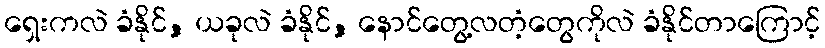
ရှေးကလဲ ခံနိုင်, ယခုလဲ ခံနိုင်, နောင်တွေ့လတံ့တွေကိုလဲ ခံနိုင်တာကြောင့်